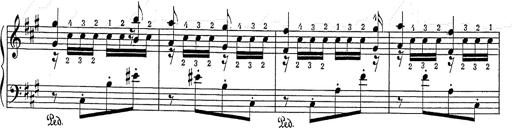
Title: Hungarian Rhapsody No.2
Composer: Franz Liszt
Key: C-sharp minor